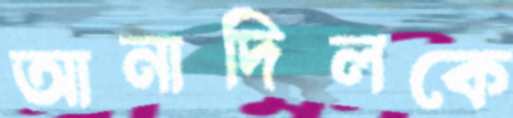
আনাদিলকে